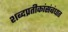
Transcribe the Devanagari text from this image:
शब्दप्रतीकांसंबंधात